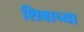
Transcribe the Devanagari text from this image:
शिवाच्या